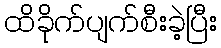
ထိခိုက်ပျက်စီးခဲ့ပြီး